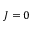
J = 0